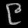
Digit: ၉